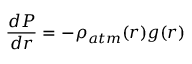
\frac { { d P } } { { d r } } = - \rho _ { { a t m } } ( r ) g ( r )